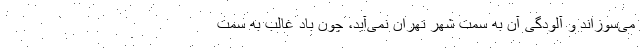
می‌سوزاند و آلودگی آن به سمتِ شهر تهران نمی‌آید، چون باد غالب به سمت